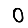
Digit: 0